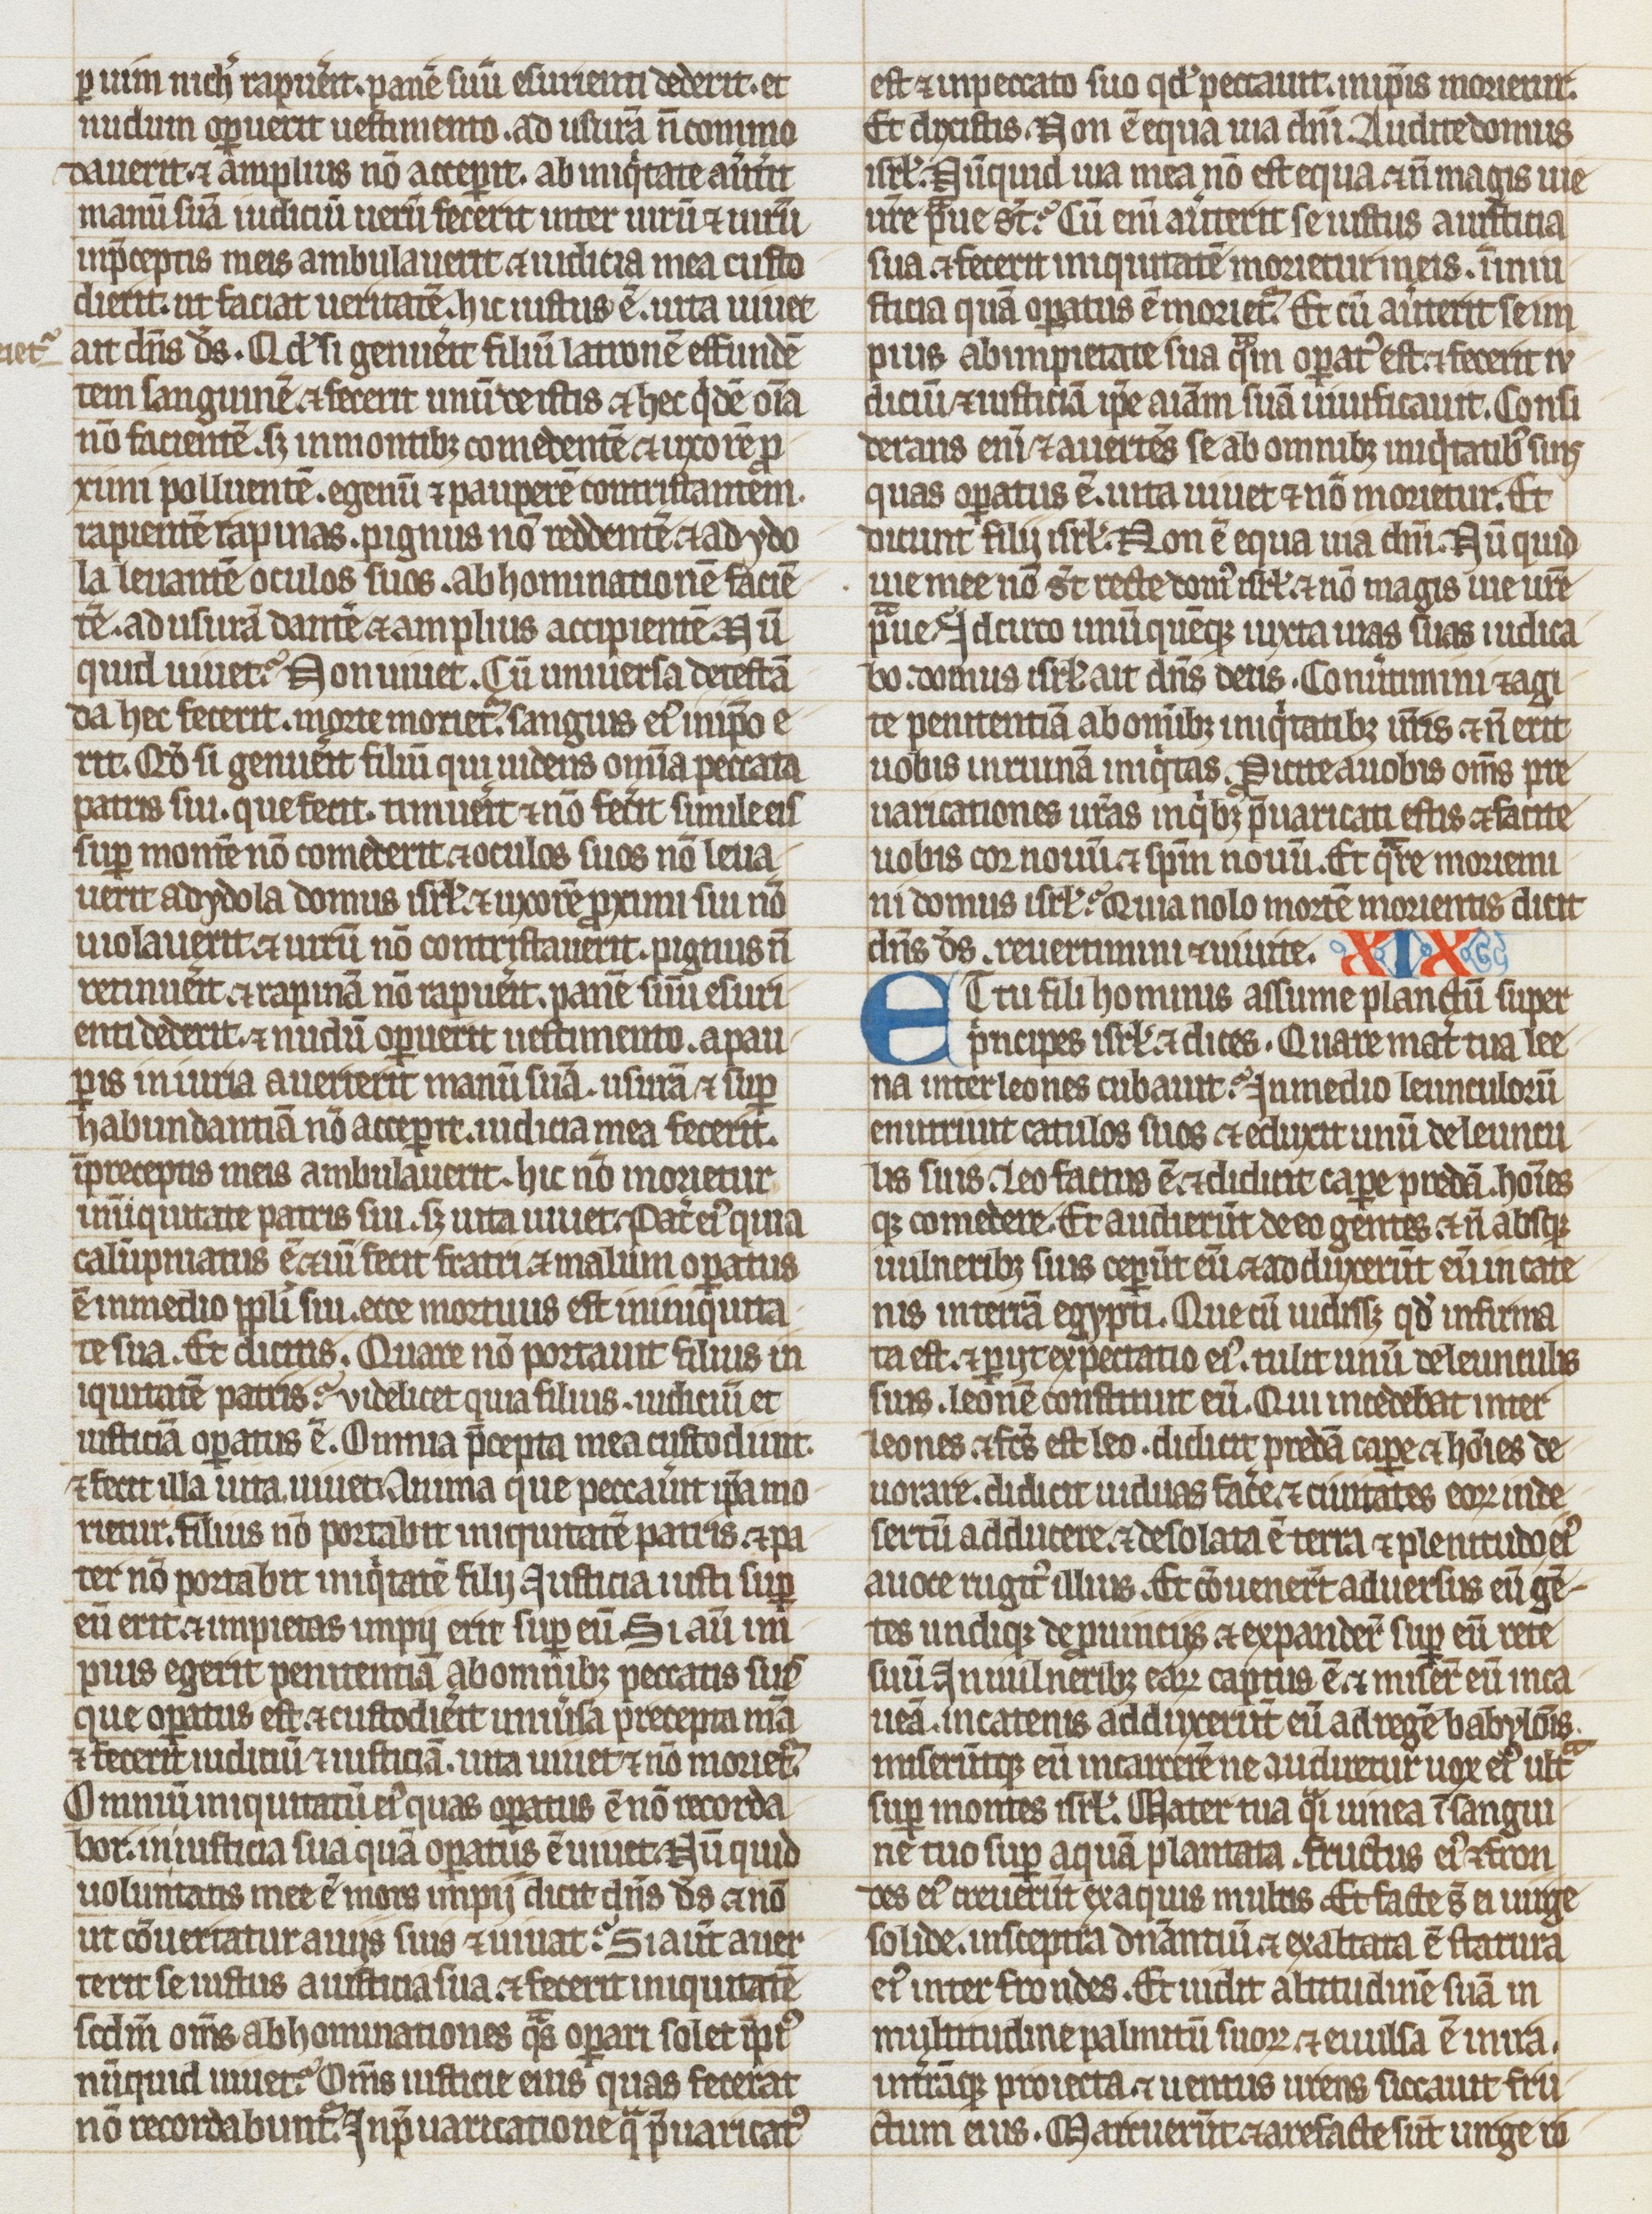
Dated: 1275–1299